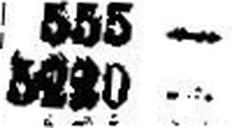
5220 —